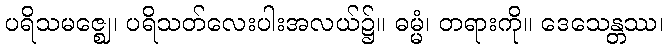
ပရိသမဇ္ဈေ၊ ပရိသတ်လေးပါးအလယ်၌။ ဓမ္မံ၊ တရားကို။ ဒေသေန္တဿ၊